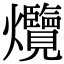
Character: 爦